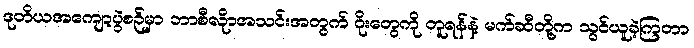
ဒုတိယအကျော့ပွဲစဉ်မှာ ဘာစီလိုာအသင်းအတွက် ဂိုးတွေကို တူရန်နဲ့ မက်ဆီတို့က သွင်ယူခဲ့ကြတာ